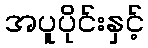
အပူပိုင်းနှင့်